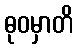
ဓုဝမှာတိ